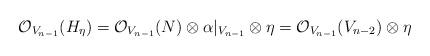
LaTeX: \begin{align*}\mathcal{O}_{V_{n-1}}(H_{\eta})=\mathcal{O}_{V_{n-1}}(N)\otimes \alpha|_{V_{n-1}}\otimes \eta=\mathcal{O}_{V_{n-1}}({V_{n-2}})\otimes \eta\end{align*}